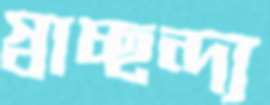
স্বাচ্ছন্দ্য